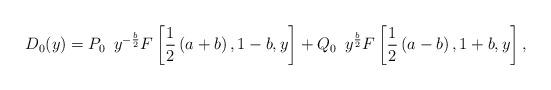
LaTeX: \begin{align*}D_0(y)=P_0\,\,\,y^{-\frac{b}{2}}F\left[ \frac{1}{2}\left(a+b\right),1-b,y\right] +Q_0\,\,\,y^{\frac{b}{2}}F\left[\frac{1}{2}\left(a-b\right),1+b,y\right],\end{align*}